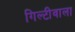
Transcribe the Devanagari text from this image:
गिल्टीवाला